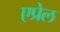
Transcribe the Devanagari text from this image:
एप्रेल